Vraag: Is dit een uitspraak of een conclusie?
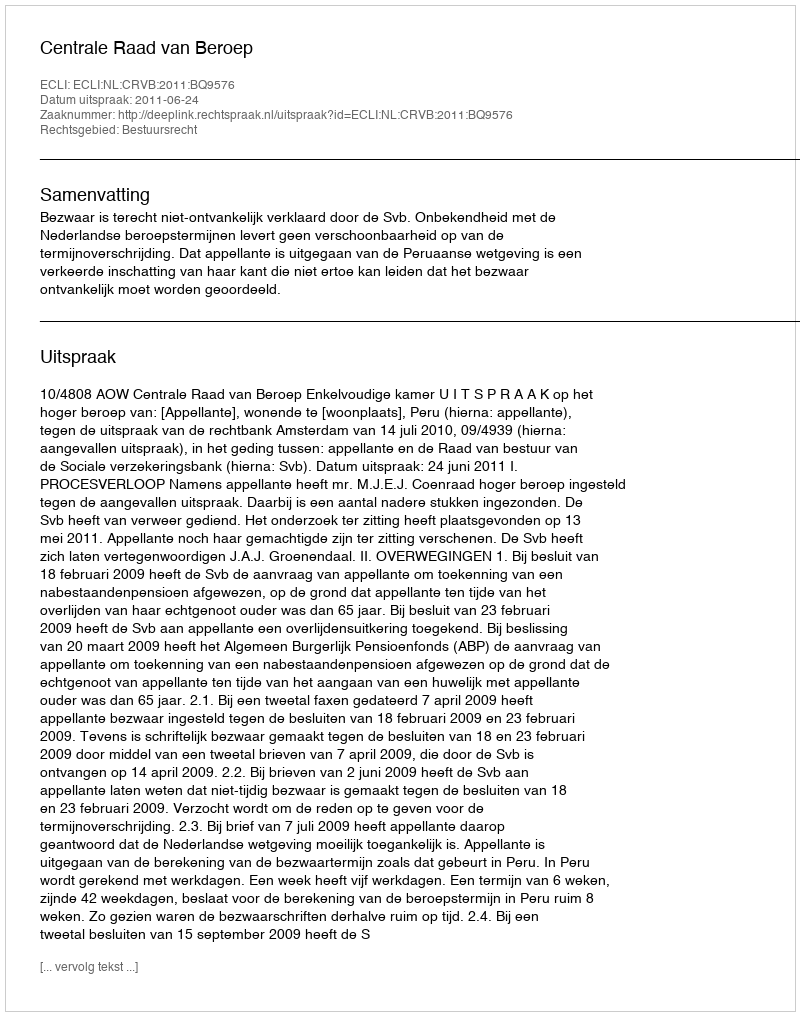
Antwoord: Uitspraak